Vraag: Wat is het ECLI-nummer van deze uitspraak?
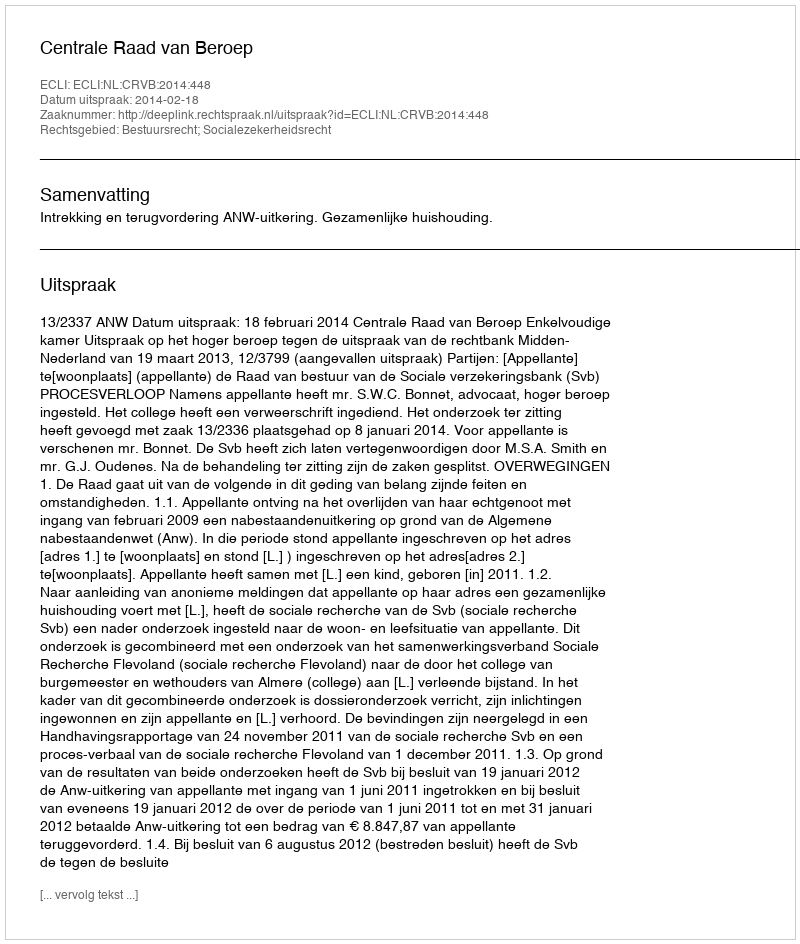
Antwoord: ECLI:NL:CRVB:2014:448